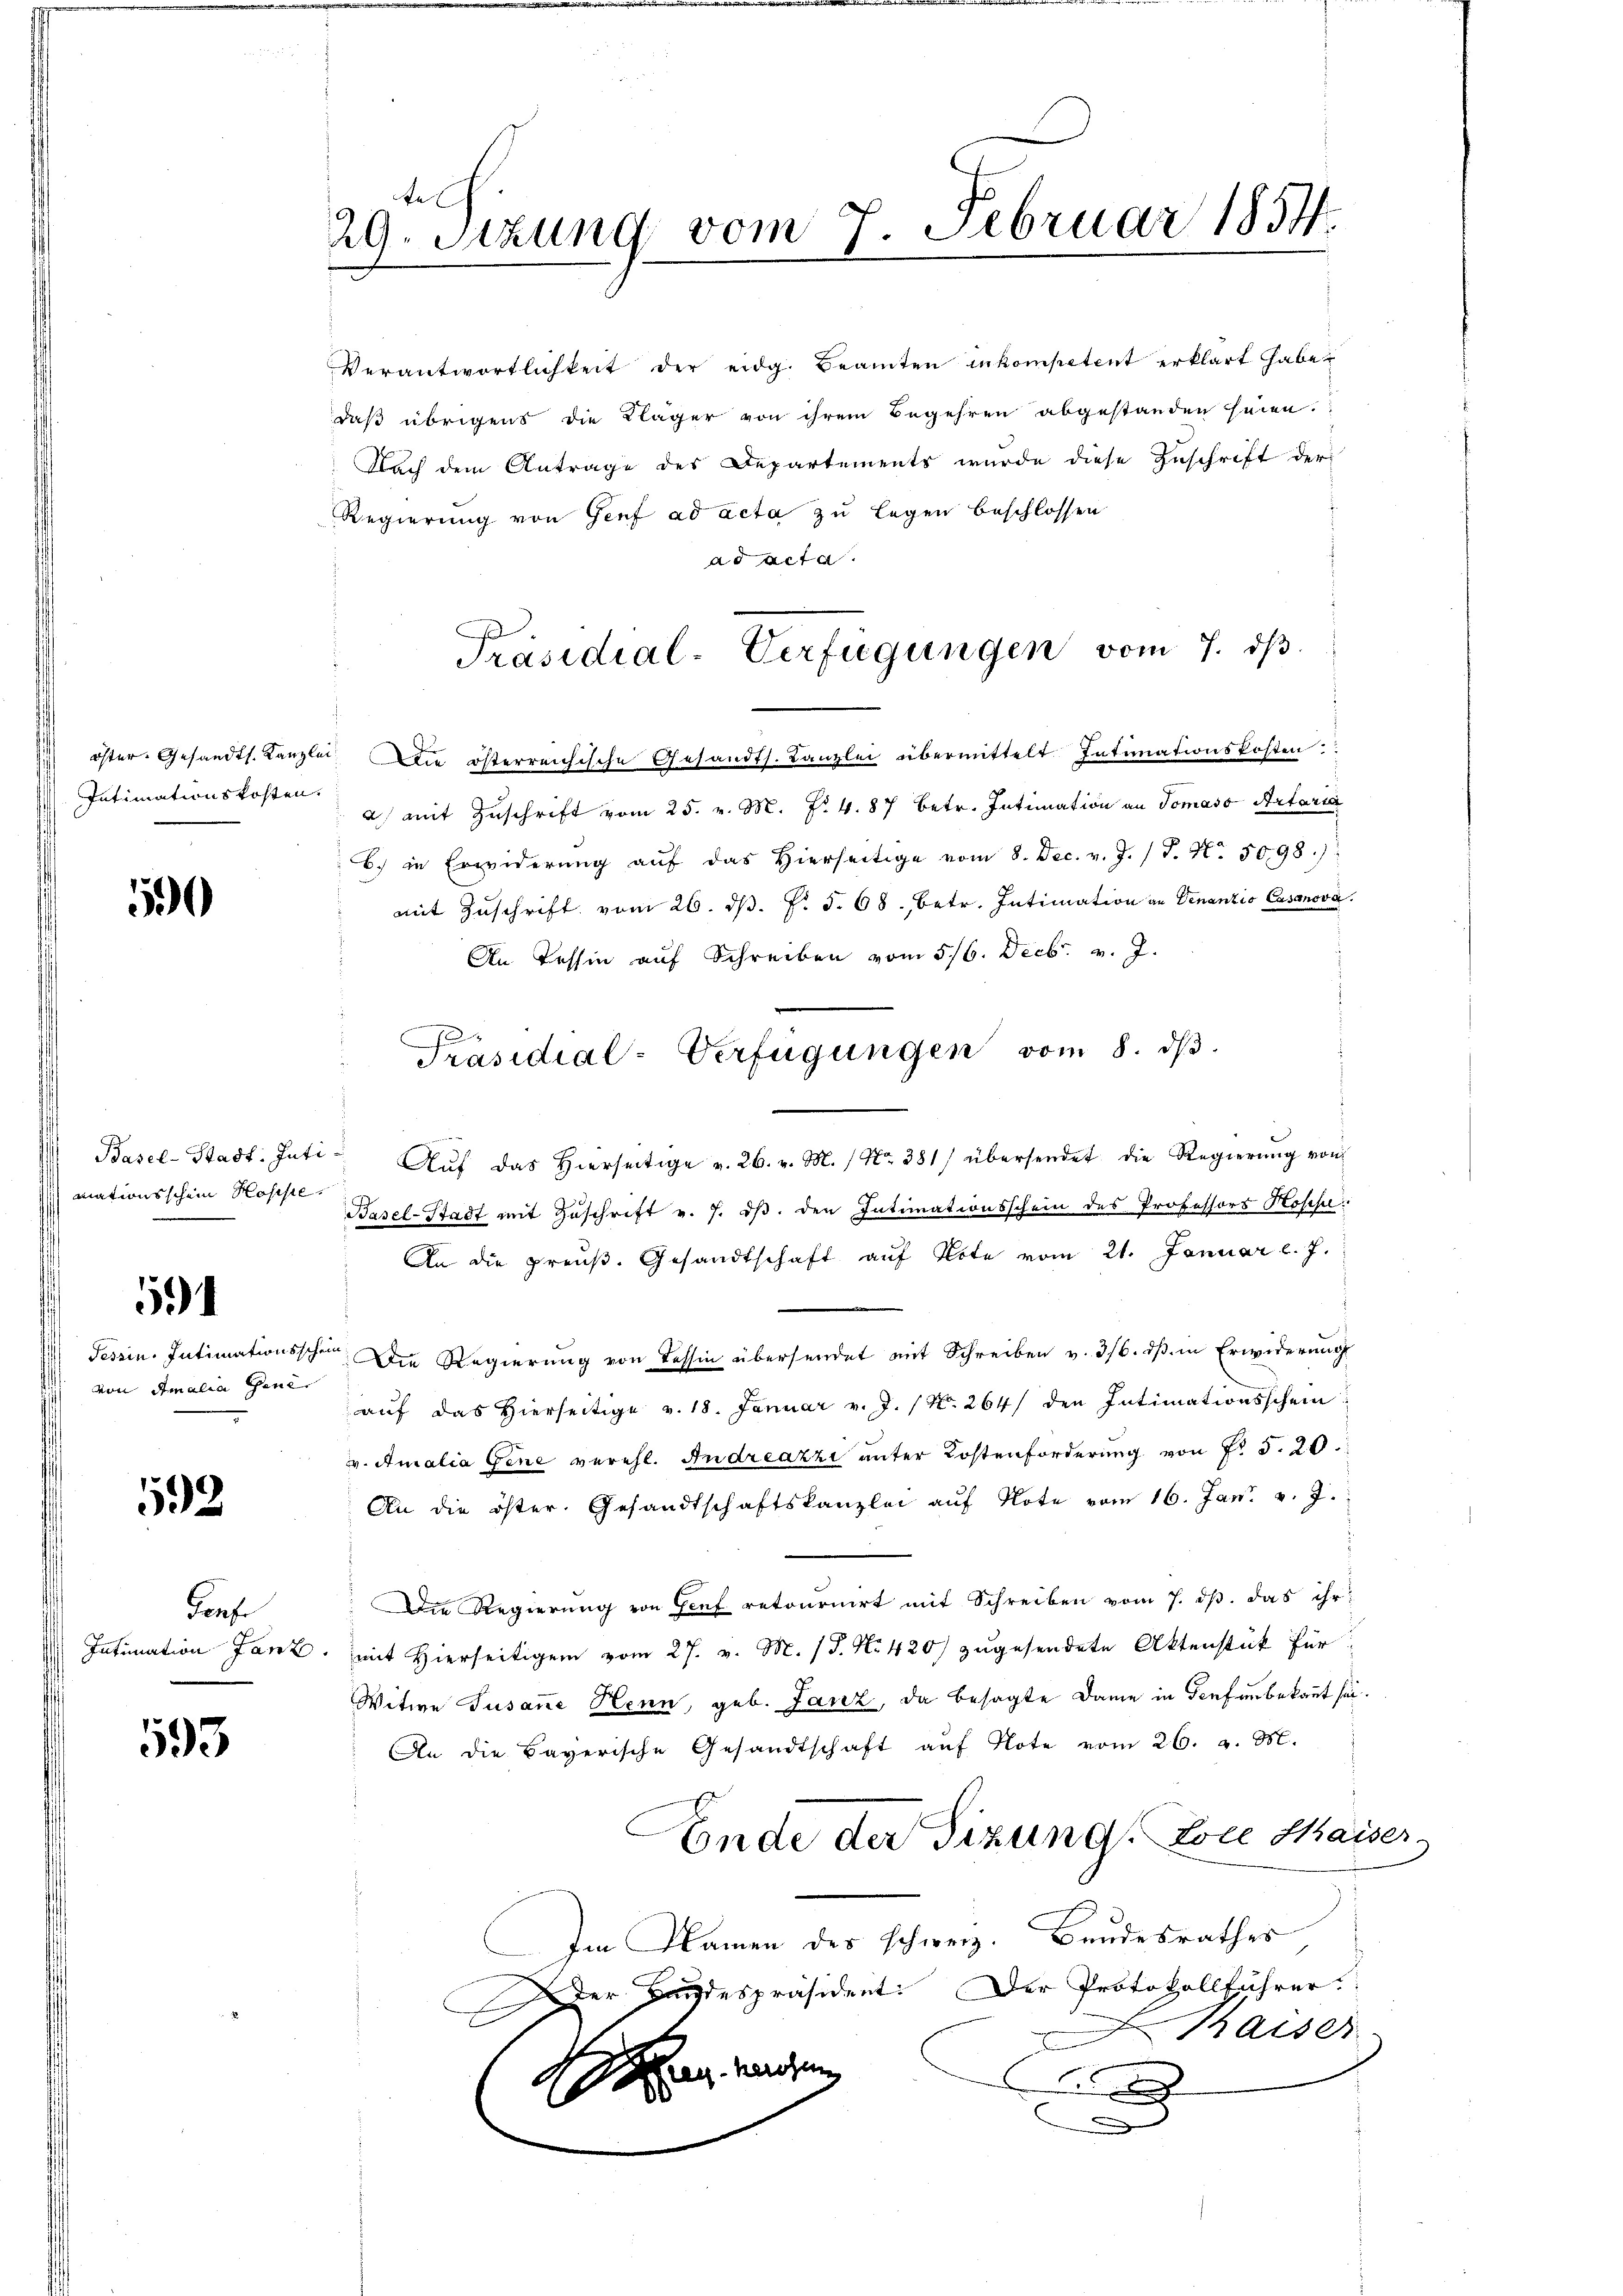
tel
29. Sitzung vom 7. Februar 1854.

Verantwortlichkeit der eidg. Beamten inkompetent erklärt habe,
daß übrigens die Kläger von ihrem Begehren abgestanden seien.
Nach dem Antrage des Departements wurde diese Zuschrift der
Regierung von Genf ad acta zu legen beschlossen
ad acta.
öster. Gesandts. Kanzlei. Die österreichische Gesandts. Kanzlei übermittelt. Intimationskosten
a mit Zuschrift vom 25. v. M. No. 4. 87 betr. Intimation an Tomaso Artaria
b.) in Erwiderŭng aŭf das hierseitige vom 8. Dec. v. J. J. N. 5098.)
mit Zŭschrift vom 26. dβ. fr. 5. 68. betr. Intimation an Venanzis Casanova
An Tessin auf Schreiben vom 5/6. Decbr. v. J.
Basel-Stadt. Inti- Aŭf das hierseitige v. 26. v. M. / Nr. 381) übersendet die Regierŭng von
Basel-Stadt mit Zuschrift v. 7. ds. den Intimationsschein des Professors Hosch
An die preuß. Gesandtschaft auf Note vom 21. Januar l. J.
ten Die Regierung von Tessin übersendet mit Schreiben v. 316. dβ in Erwiderung
auf das Hierseitige v. 18. Januar v. J. No. 264) den Intimationsschein
v. Amalia Gene verehl. Andreazzi unter Kostenforderung von Fr. 5. 20.
An die öster. Gesandtschaftskanzlei aŭf Note vom 16. Jan. v. J.
Die Regierung von Genf retournirt mit Schreiben vom 7. ds. das ihr
Intimation Jan. (mit hierseitigen vom 27. v. M. (S. Nr. 420) zŭgesendete Aktenstück für
Witwe Susane Henn, geb. Lanz, da besagte Dame in Teufenbekannt sei.
An die Bayerische Gesandtschaft auf Note vom 26. v. M.
Ende der Sizung. Lore Maiser,
Im Namen des schweiz. Bandesrathes
er Handespräsident: Der Protokollführer
Kaiser
an werden
x
.

Präsidial-Verfügungen vom 7. dβ

Intimationskosten.

590

Präsidial-Verfügungen vom 8. ds.

mationsschein Hoseste.

594

Tessin, Intimationssch
von Amalia Theil

192

Porf.

93